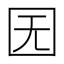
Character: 𡆶